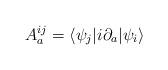
LaTeX: \begin{align*}A^{ij}_a = \langle\psi_j|i\partial_a|\psi_i\rangle\end{align*}